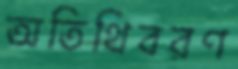
অতিথিবরণ